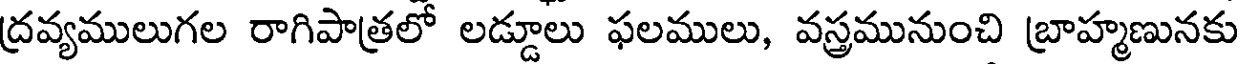
ద్రవ్యములుగల రాగిపాత్రలో లడ్డూలు ఫలములు, వస్త్రమునుంచి బ్రాహ్మణునకు